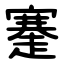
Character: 䞿